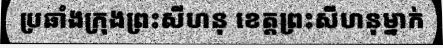
ប្រឆាំងក្រុងព្រះសីហនុ ខេត្តព្រះសីហនុម្នាក់